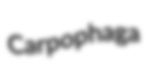
Carpophaga